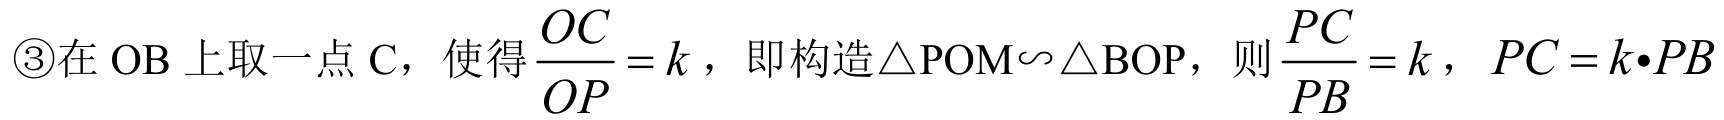
\textcircled{3}在\(OB\)上取一点\(C\)，使得\(\dfrac{OC}{OP}=k\)，即构造\(\triangle POM\sim\triangle BOP\)，则\(\dfrac{PC}{PB}=k\)，\(PC = k\cdot PB\)